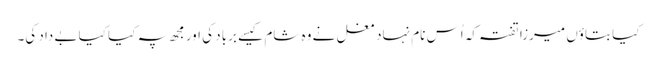
کیا بتاؤں میرزا تفتہ کہ اُس نام نہاد مغل نے وہ شام کیسے برباد کی اور مجھ پہ کیا کیا بے داد کی۔